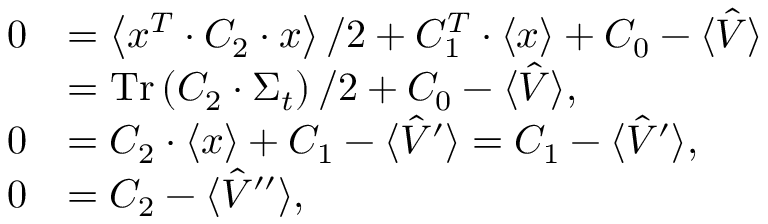
\begin{array} { r l } { 0 } & { = \left\langle x ^ { T } \cdot C _ { 2 } \cdot x \right\rangle / 2 + C _ { 1 } ^ { T } \cdot \left\langle x \right\rangle + C _ { 0 } - \langle \hat { V } \rangle } \\ & { = \operatorname * { T r } \left( C _ { 2 } \cdot \Sigma _ { t } \right) / 2 + C _ { 0 } - \langle \hat { V } \rangle , } \\ { 0 } & { = C _ { 2 } \cdot \left\langle x \right\rangle + C _ { 1 } - \langle \hat { V } ^ { \prime } \rangle = C _ { 1 } - \langle \hat { V } ^ { \prime } \rangle , } \\ { 0 } & { = C _ { 2 } - \langle \hat { V } ^ { \prime \prime } \rangle , } \end{array}